Leaving Certificate Examination, 1915
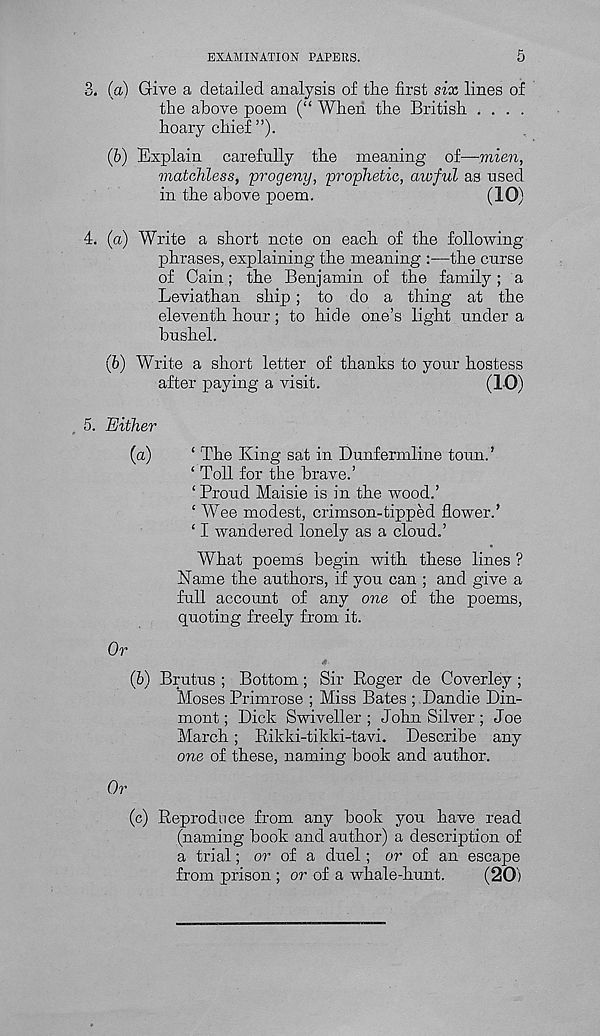
EXAMINATION PAPERS.
5
3. (a) Give a detailed analysis of tlie first six lines of
the above poem (“ When the British ....
hoary chief ”).
(b) Explain carefully the meaning of—viien,
matchless, progeny, prophetic, awful as used
in the above poem.
(10)
4. (a) Write a short note on each of the following
phrases, explaining the meaning :—the curse
of Cain; the Benjamin of the family; a
Leviathan ship ; to do a tiling at the
eleventh hour; to hid e one’s light under a
bushel.
(b) Write a short letter of thanks to your hostess
after paying a visit.
(1-0)
5. Either
(a)
‘ The King sat in Dunfermline toun.’
‘ Toll for the brave.’
‘ Proud Maisie is in the wood.’
‘ Wee modest, crimson-tipped flower.’
‘ I wandered lonely as a cloud.’
What poems begin with these lines ?
Name the authors, if you can ; and give a
full account of any one of the poems,
quoting freely from it.
Or
(b) Brutus ; Bottom; Sir Roger de Coverley ;
Moses Primrose ; Miss Bates ; Dandie Din-
mont; Dick Swiveller ; John Silver ; Joe
March; Rikki-tikki-tavi. Describe any
one of these, naming book and author.
Or
(c) Reproduce from any book you have read
(naming book and author) a description of
a trial; or of a duel; or of an escape
from prison ; or of a whale-hunt.
(20)